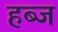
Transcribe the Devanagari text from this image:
हब्ज